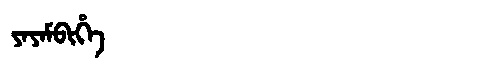
Manchu: ᠶᠠᠶᠠᠮᠪᡳᡥᡝ
Romanization: YAYAMBIHE